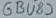
Text: GBU89